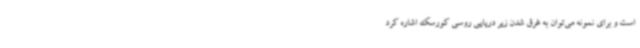
است و برای نمونه می‌توان به غرق شدن زیر دریایی روسی کورسک اشاره کرد